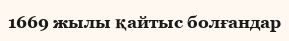
1669 жылы қайтыс болғандар